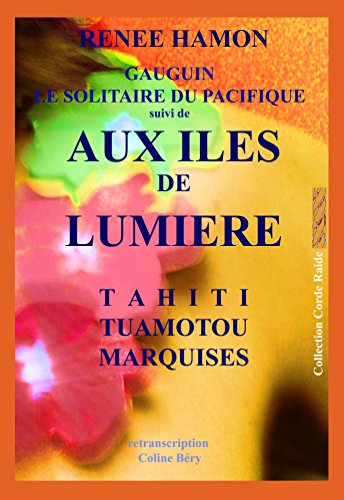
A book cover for AUX ÃELES DE LUMIERE: Tahiti, Tuamotou, Marquises (Collection Corde Raide t. 4) (French Edition); RenÃ©e Hamon; Travel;